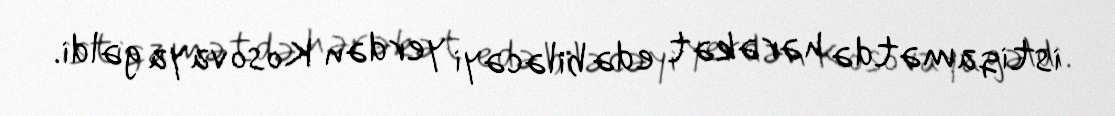
istiqamətdə hərəkət edə biləcəyi yerdən Kosovaya gəldi.